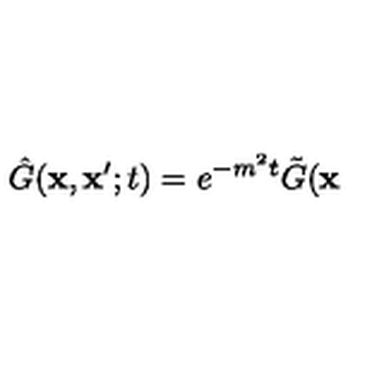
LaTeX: \hat { G } ( \mathbf { x } , \mathbf { x } ^ { \prime } ; t ) = e ^ { - m ^ { 2 } t } \tilde { G } ( \mathbf { x }